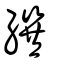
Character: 繏